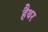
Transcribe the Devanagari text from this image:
हैथर